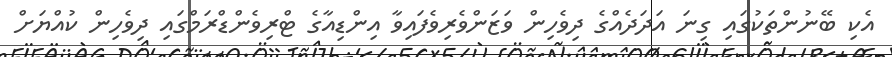
އެކި ބޭނުންތަކުގައި ގިނަ އަދަދެއްގެ ދިވެހިން ވަޒަންވެރިވެފައިވާ އިންޑިއާގެ ޓްރިވެންޑްރަމްގައި ދިވެހިން ކުއްޔަށް